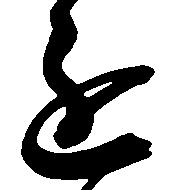
進